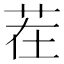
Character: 茬